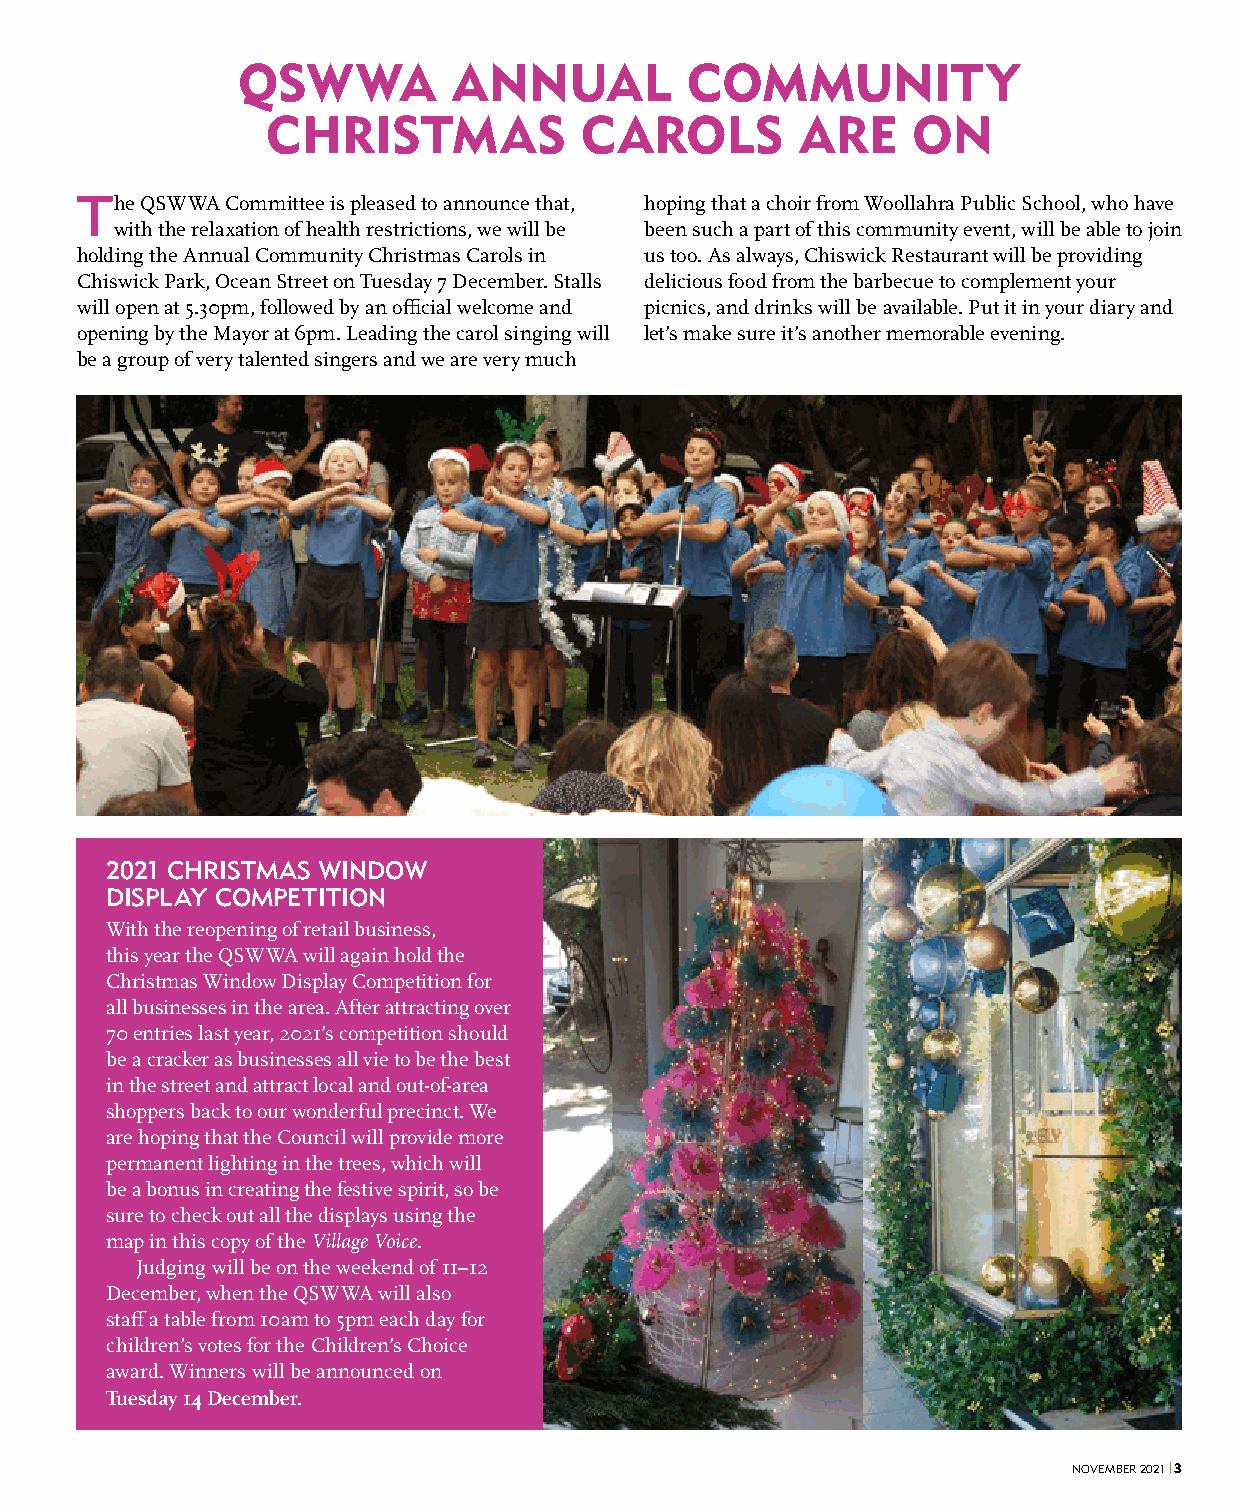
QSWWA         ANNUAL         COMMUNITY
 CHRISTMAS           CAROLS         ARE    ON
 The QSWWA Committee is pleased to announce that, hoping that a choir from Woollahra Public School, who have
 with the relaxation of health restrictions, we will be been such a part of this community event, will be able to join
 holding the Annual Community Christmas Carols in us too. As always, Chiswick Restaurant will be providing
 Chiswick Park, Ocean Street on Tuesday 7 December. Stalls delicious food from the barbecue to complement your
 will open at 5.30pm, followed by an official welcome and picnics, and drinks will be available. Put it in your diary and
 opening by the Mayor at 6pm. Leading the carol singing will let’s make sure it’s another memorable evening.
 be a group of very talented singers and we are very much
 2021 CHRISTMAS WINDOW
 DISPLAY COMPETITION
 With the reopening of retail business,
 this year the QSWWA will again hold the
 Christmas Window Display Competition for
 all businesses in the area. After attracting over
 70 entries last year, 2021’s competition should
 be a cracker as businesses all vie to be the best
 in the street and attract local and out-of-area
 shoppers back to our wonderful precinct. We
 are hoping that the Council will provide more
 permanent lighting in the trees, which will
 be a bonus in creating the festive spirit, so be
 sure to check out all the displays using the
 map in this copy of the Village Voice.
 Judging will be on the weekend of 11–12
 December, when the QSWWA will also
 staff a table from 10am to 5pm each day for
 children’s votes for the Children’s Choice
 award. Winners will be announced on
 Tuesday 14 December.
 NOVEMBER 2021 | 3